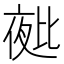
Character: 𭯑